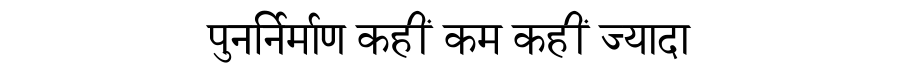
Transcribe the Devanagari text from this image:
पुनर्निर्माण कहीं कम कहीं ज्यादा